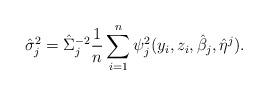
LaTeX: \begin{align*}\hat\sigma_j^2 = \hat \Sigma_j^{-2}\frac{1}{n}\sum_{i=1}^n\psi_j^2(y_i,z_i,\hat\beta_j,\hat\eta^j).\end{align*}